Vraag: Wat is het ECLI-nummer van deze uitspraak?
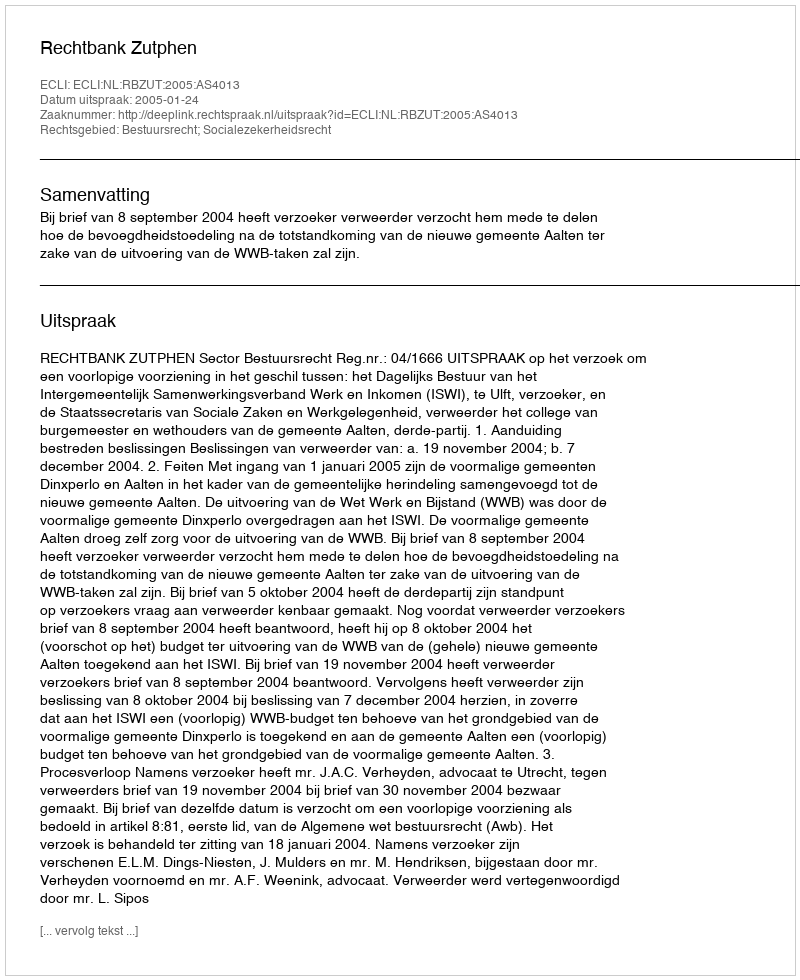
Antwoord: ECLI:NL:RBZUT:2005:AS4013